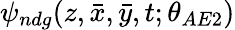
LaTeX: \psi_{ndg}(z,\bar{x},\bar{y},t;\theta_{AE2})